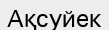
Ақсуйек